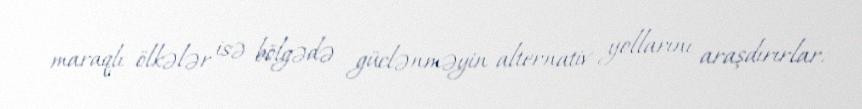
maraqlı ölkələr isə bölgədə güclənməyin alternativ yollarını araşdırırlar.